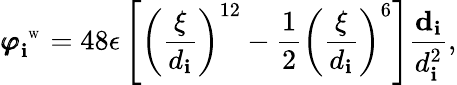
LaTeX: {\pmb\varphi}_{\mathbf{i}}^{\mathrm{{~\tiny~W~}}}=48\epsilon\left[\left(\frac{{\xi}}{{d_{\mathbf{i}}}}\right)^{12}-\frac{{1}}{{2}}\left(\frac{{\xi}}{{d_{\mathbf{i}}}}\right)^{6}\right]\frac{{{\mathbf{d}}_{\mathbf{i}}}}{{d_{\mathbf{i}}^{2}}},